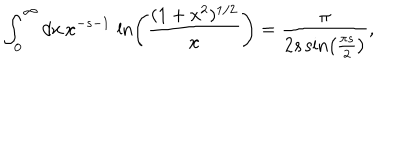
LaTeX: \int _ { 0 } ^ { \infty } d x \, x ^ { - s - 1 } \, \ln \left( \frac { ( 1 + x ^ { 2 } ) ^ { 1 / 2 } } { x } \right) = { \frac { \pi } { 2 s \sin \left( \frac { \pi s } { 2 } \right) } } ,